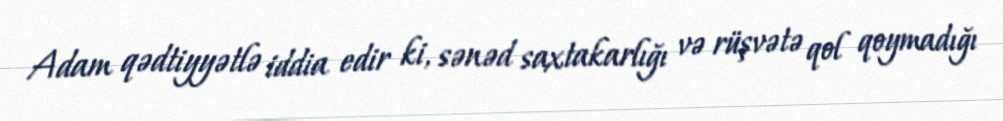
Adam qədtiyyətlə iddia edir ki, sənəd saxtakarlığı və rüşvətə qol qoymadığı